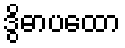
ဒွိဓာပထော